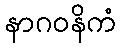
နာဂဝနိကံ